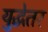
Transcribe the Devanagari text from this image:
युद्धेतर